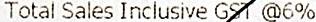
TOTAL SALES INCLUSIVE GST @6%